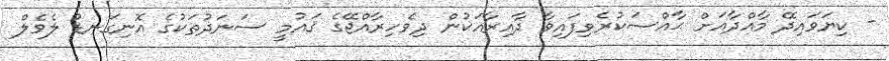
- ކިޔަވައިދޭ މާއްދާއަށް ޙާއްޞަކުރެވިފައިވާ ދާއިރާއަކުން ދިވެހިރާއްޖޭގެ ޤައުމީ ސަނަދުތަކުގެ އޮނިގަނޑު ލެވެލް